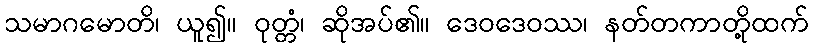
သမာဂမောတိ၊ ယူ၍။ ဝုတ္တံ၊ ဆိုအပ်၏။ ဒေဝဒေဝဿ၊ နတ်တကာတို့ထက်